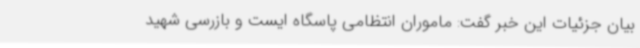
بیان جزئیات این خبر گفت: ماموران انتظامی پاسگاه ایست و بازرسی شهید